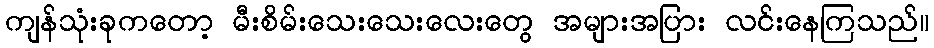
ကျန်သုံးခုကတော့ မီးစိမ်းသေးသေးလေးတွေ အများအပြား လင်းနေကြသည်။